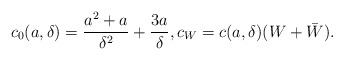
\begin{align*}c_0(a, \delta)={a^2+a\over \delta^2}+{3 a\over\delta}, c_{W}=c(a,\delta)(W+\bar W).\end{align*}